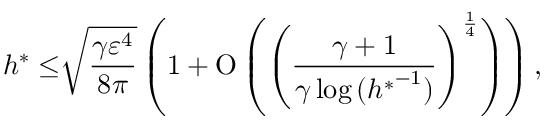
h ^ { \ast } \leq \sqrt [ ] { \frac { \gamma \varepsilon ^ { 4 } } { 8 \pi } } \left( 1 + \ensuremath { \operatorname { O } \left( \left( \frac { \gamma + 1 } { \gamma \log { ( { h ^ { \ast } } ^ { - 1 } ) } } \right) ^ { \frac { 1 } { 4 } } \right) } \right) ,